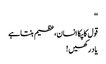
‘‘
قول کا پکا انسان،عظیم بنتا ہے
یاد رکھیں !